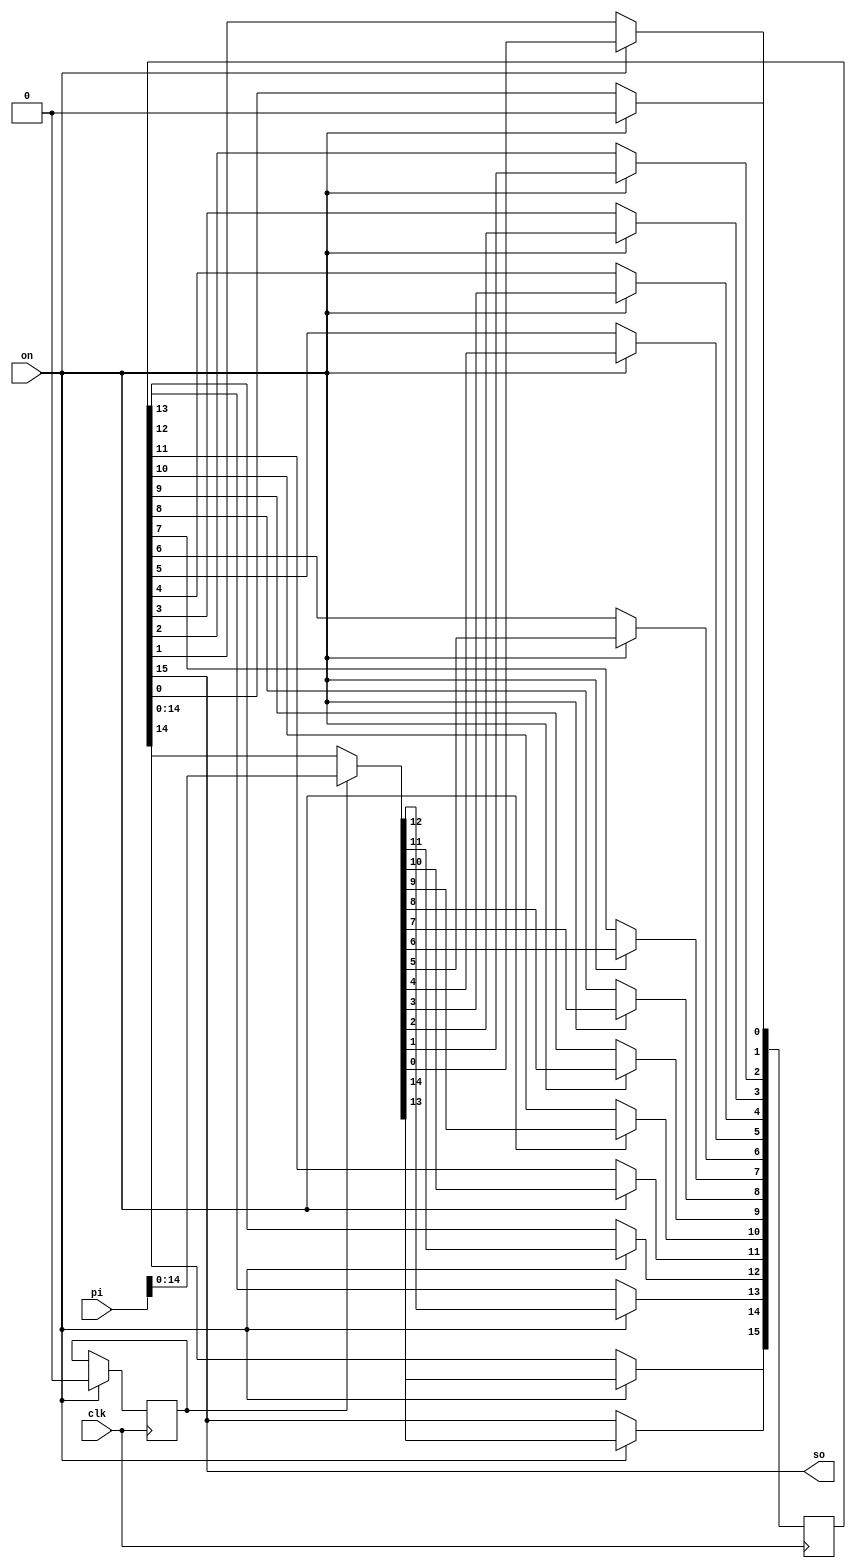
//`timescale 1ns / 1ps
//////////////////////////////////////////////////////////////////////////////////
// Company: 
// Engineer: 
// 
// Design Name: 
// Module Name:    shift_register_piso 
// Project Name: 
// Target Devices: 
// Tool versions: 
// Description: 
//
// Dependencies: 
//
// Revision: 
// Revision 0.01 - File Created
// Additional Comments: 
//
//////////////////////////////////////////////////////////////////////////////////
module shift_register_piso(clk,on,pi,so);

input clk, on;
input [15:0]pi;
reg [15:0]q;
output so;
reg load = 1'b1;

always @(posedge clk)
	if(on)
	begin
		if(load == 1'b1)
			begin
				q = pi;
				load <= 1'b0;
			end
		q[0] <= 1'b0;
		q[1] <= q[0];
		q[2] <= q[1];
		q[3] <= q[2];
		q[4] <= q[3];
		q[5] <= q[4];
		q[6] <= q[5];
		q[7] <= q[6];
		q[8] <= q[7];
		q[9] <= q[8];
		q[10] <= q[9];
		q[11] <= q[10];
		q[12] <= q[11];
		q[13] <= q[12];
		q[14] <= q[13];
		q[15] <= q[14];
	end
assign so = q[15];	
endmodule